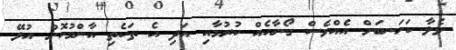
ވެލާ ކަހަނބަށް އެއްވެސް ގޯނާއެއް ކުރުމާއި އަދި އެ ތަކެތި އާންމުކޮށް އުޅޭ